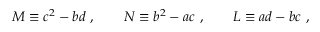
M \equiv c ^ { 2 } - b d \ , \qquad N \equiv b ^ { 2 } - a c \ , \qquad L \equiv a d - b c \ ,